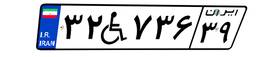
۳۲W۷۳۶۳۹